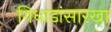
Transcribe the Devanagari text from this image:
गिधाडांसारखा